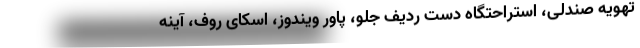
تهویه صندلی، استراحتگاه دست ردیف جلو، پاور ویندوز، اسکای روف، آینه